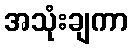
အသုံးချကာ